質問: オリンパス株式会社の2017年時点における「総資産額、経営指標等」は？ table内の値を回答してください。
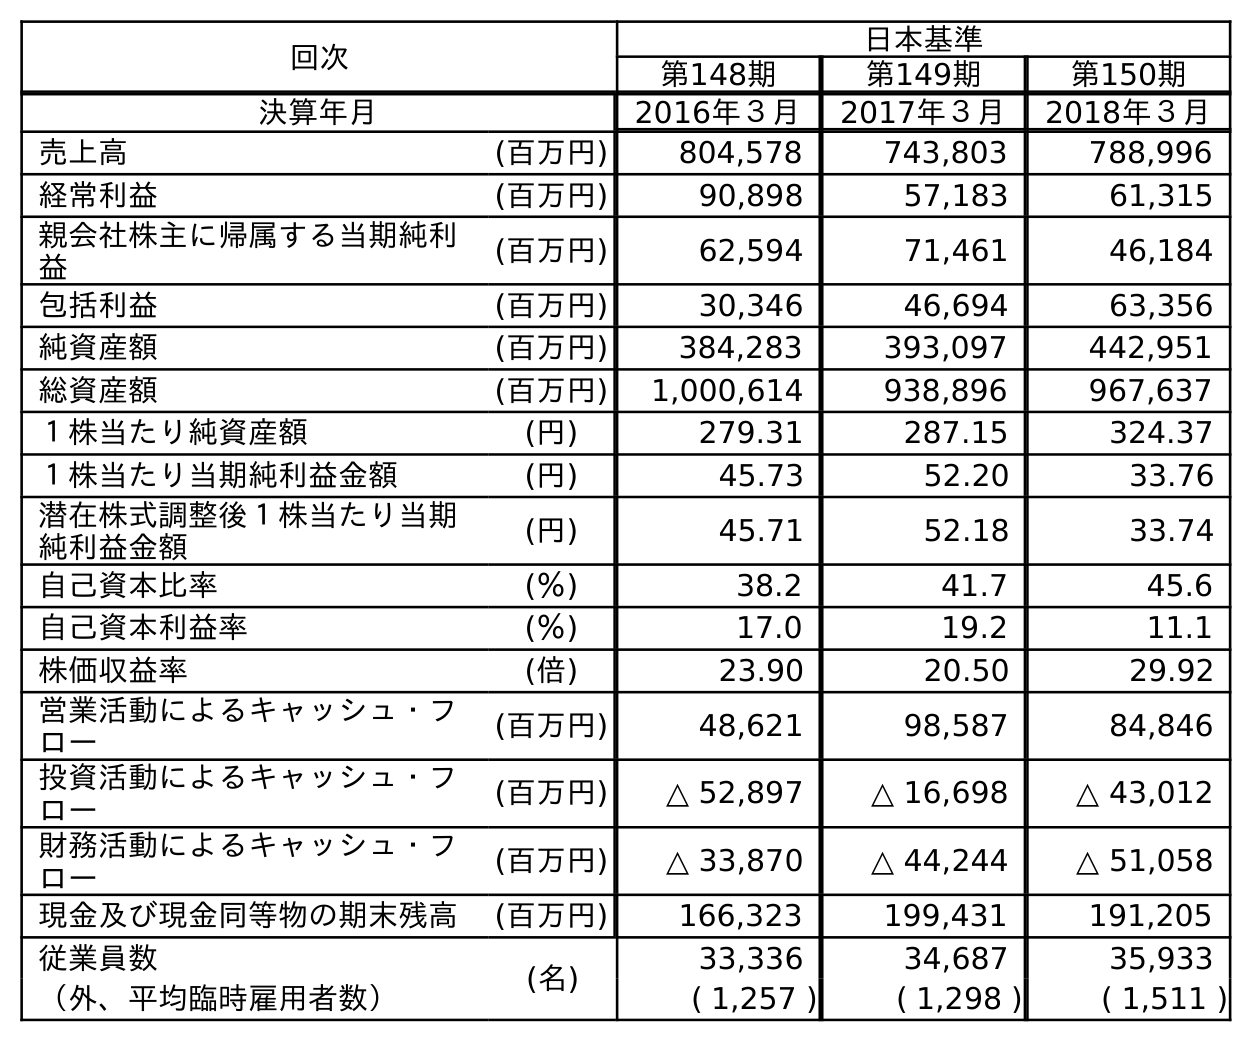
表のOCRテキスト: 回次 日本基準 第148期 第149期 第150期 決算年月 2016年３月 2017年３月 2018年３月 売上高 (百万円) 804,578 743,803 788,996 経常利益 (百万円) 90,898 57,183 61,315 親会社株主に帰属する当期純利 益 (百万円) 62,594 71,461 46,184 包括利益 (百万円) 30,346 46,694 63,356 純資産額 (百万円) 384,283 393,097 442,951 総資産額 (百万円) 1,000,614 938,896 967,637 １株当たり純資産額 (円) 279.31 287.15 324.37 １株当たり当期純利益金額 (円) 45.73 52.20 33.76 潜在株式調整後１株当たり当期 純利益金額 (円) 45.71 52.18 33.74 自己資本比率 (％) 38.2 41.7 45.6 自己資本利益率 (％) 17.0 19.2 11.1 株価収益率 (倍) 23.90 20.50 29.92 営業活動によるキャッシュ・フ ロー (百万円) 48,621 98,587 84,846 投資活動によるキャッシュ・フ ロー (百万円) △ 52,897 △ 16,698 △ 43,012 財務活動によるキャッシュ・フ ロー (百万円) △ 33,870 △ 44,244 △ 51,058 現金及び現金同等物の期末残高 (百万円) 166,323 199,431 191,205 従業員数 (名) 33,336 34,687 35,933 （外、平均臨時雇用者数） ( 1,257 ) ( 1,298 ) ( 1,511 )
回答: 938,896